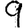
Digit: 9